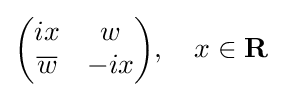
{\begin{pmatrix}ix&w\\{\overline {w}}&-ix\end{pmatrix}},\quad x\in \mathbf {R}